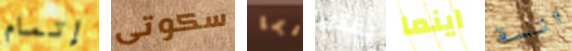
إتمام سكوتى ربما يقتل اينما انسة